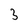
Character: 3